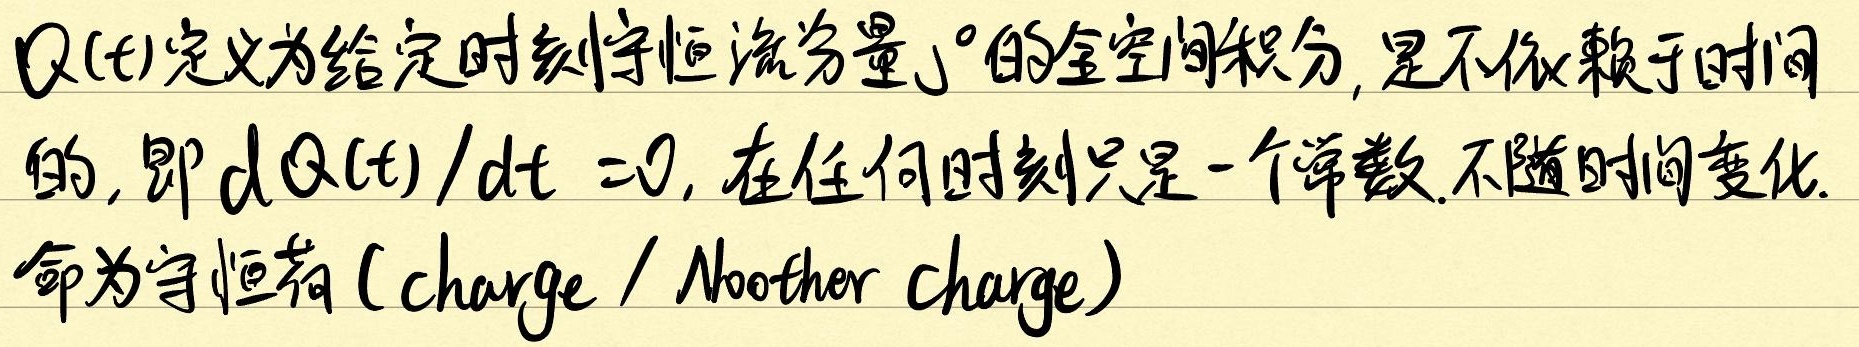
$Q(t)$定义为给定时刻守恒流分量$j^{0}$的全空间积分,是不依赖于时间
的, 即$dQ(t)/dt = 0$, 在任何时刻只是一个常数,不随时间变化.
命为守恒荷 (charge / Noether charge)